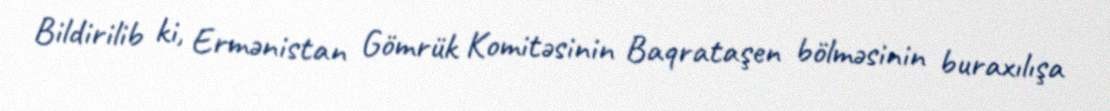
Bildirilib ki, Ermənistan Gömrük Komitəsinin Baqrataşen bölməsinin buraxılışa